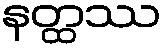
နတ္ထဿ